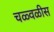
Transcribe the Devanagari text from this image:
चळ्वळीस